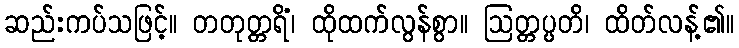
ဆည်းကပ်သဖြင့်။ တတုတ္တရိံ၊ ထိုထက်လွန်စွာ။ ဩတ္တပ္ပတိ၊ ထိတ်လန့်၏။